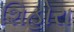
શિહોરા